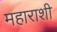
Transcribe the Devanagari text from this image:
महाराशी